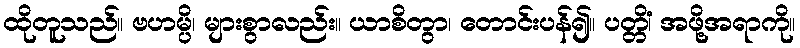
ထိုတူသည်။ ဗဟမ္ပိ၊ များစွာလည်း။ ယာစိတွာ၊ တောင်းပန်၍။ ပတ္တိံ၊ အဖို့အရာကို။